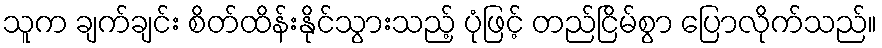
သူက ချက်ချင်း စိတ်ထိန်းနိုင်သွားသည့် ပုံဖြင့် တည်ငြိမ်စွာ ပြောလိုက်သည်။